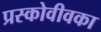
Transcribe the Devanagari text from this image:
प्रस्कोवीवका